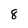
Character: 8